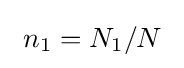
~n_{1}=N_{1}/N~